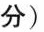
分)